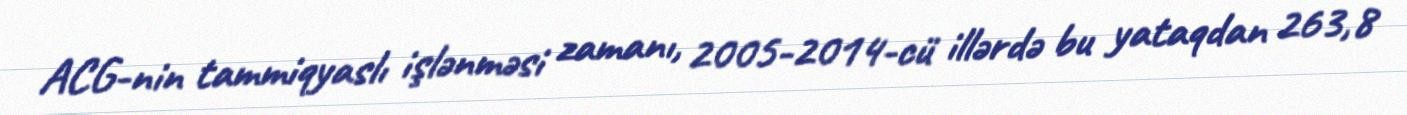
ACG-nin tammiqyaslı işlənməsi zamanı, 2005-2014-cü illərdə bu yataqdan 263,8